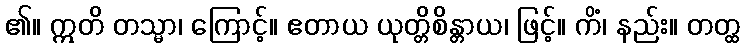
၏။ ဣတိ တသ္မာ၊ ကြောင့်။ ဧတာယ ယုတ္တိစိန္တာယ၊ ဖြင့်။ ကိံ၊ နည်း။ တတ္ထ